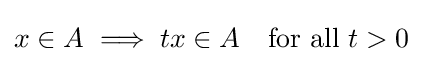
x\in A\implies tx\in A\ \ \ {\text{for all}}\ t>0